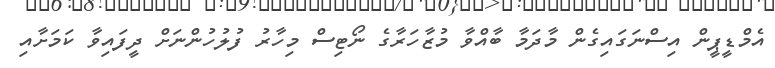
އެމްޑީޕީން އިސްނަގައިގެން މާދަމާ ބާއްވާ މުޒާހަރާގެ ނޯޓިސް މިހާރު ފުލުހުންނަށް ދީފައިވާ ކަމަށާއި